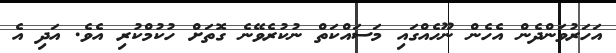
އަހަރުވަންދެން އެހެން ނޫހެއްގައި މަސައްކަތް ނުކުރެވޭނެ ގޮތަށް ހުކުމްކުރި އެވެ. އަދި އެ